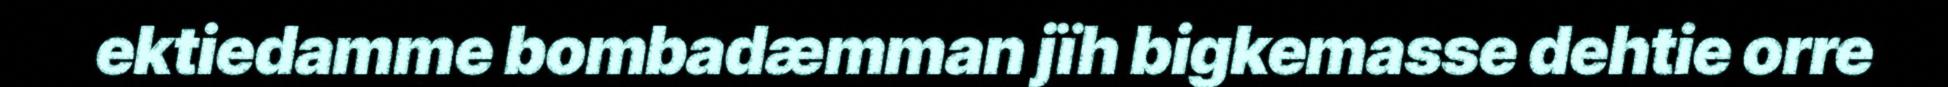
ektiedamme bombadæmman jïh bigkemasse dehtie orre